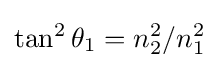
\tan ^{2}\theta _{1}=n_{2}^{2}/n_{1}^{2}